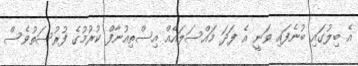
އެ ބިލުގައި ބުނެފައި ވަނީ އެ ފަދަ މައްސަލައެއް އިސްތިއުނާފް ކުރުމުގެ ފުރުސަތުވެސް